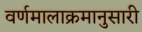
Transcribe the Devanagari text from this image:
वर्णमालाक्रमानुसारी